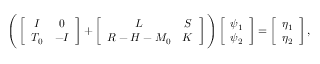
\begin{array} { r } { \Bigg ( \left[ \begin{array} { c c } { I } & { 0 } \\ { T _ { 0 } } & { - I } \end{array} \right] + \left[ \begin{array} { c c } { L } & { S } \\ { R - H - M _ { 0 } } & { K } \end{array} \right] \Bigg ) \left[ \begin{array} { c } { \psi _ { 1 } } \\ { \psi _ { 2 } } \end{array} \right] = \left[ \begin{array} { c } { \eta _ { 1 } } \\ { \eta _ { 2 } } \end{array} \right] , } \end{array}